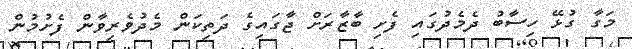
މަގާ ގުޅޭ ހިސާބު ދެމެދުގައި ފެށި ބާޒާރަށް ޖާގައިގެ ދަތިކަން މެދުވެރިވާން ފެށުމުން